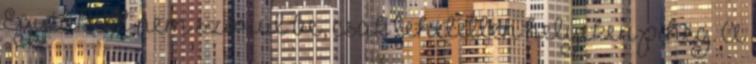
Egyébként nem szorul be, csak lehetetlen helyeken piheg. A